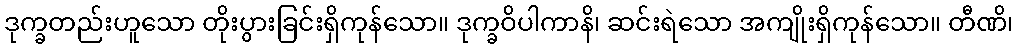
ဒုက္ခတည်းဟူသော တိုးပွားခြင်းရှိကုန်သော။ ဒုက္ခဝိပါကာနိ၊ ဆင်းရဲသော အကျိုးရှိကုန်သော။ တီဏိ၊